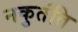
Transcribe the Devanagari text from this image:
नकुतंति